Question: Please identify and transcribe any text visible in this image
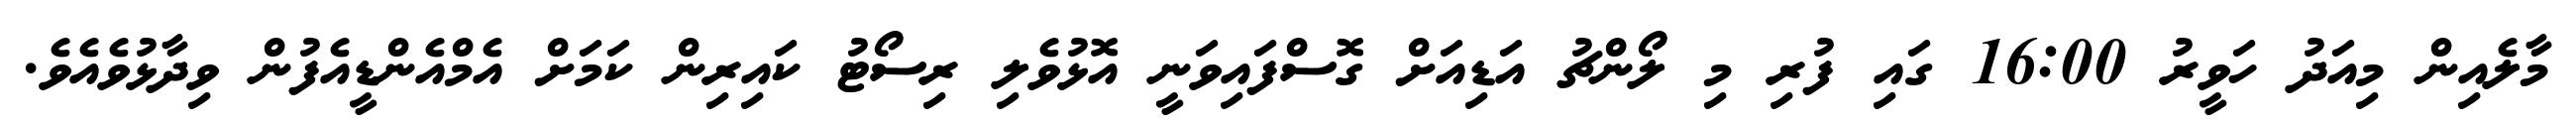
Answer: މާލެއިން މިއަދު ހަވީރު 16:00 ގައި ފުރި މި ލޯންޗު އަޑިއަށް ގޮސްފައިވަނީ އޮޅުވެލި ރިސޯޓު ކައިރިން ކަމަށް އެމްއެންޑީއެފުން ވިދާޅުވެއެވެ.